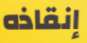
إنقاذه